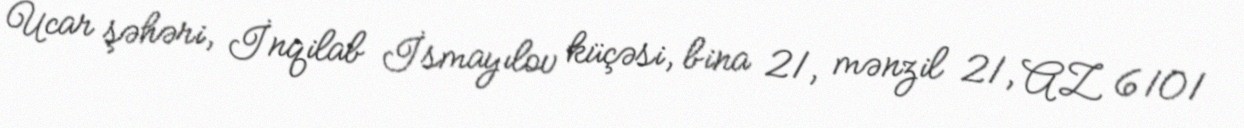
Ucar şəhəri, İnqilab İsmayılov küçəsi, bina 21, mənzil 21, AZ 6101